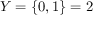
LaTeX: Y = \{ 0 , 1 \} = 2